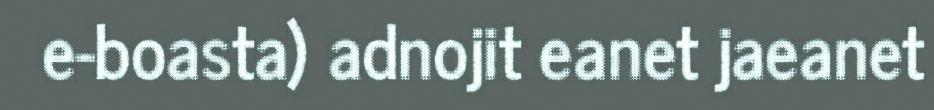
e-boasta) adnojit eanet jaeanet